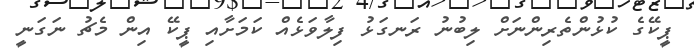
ޕީކޭގެ ކުޅުންތެރިންނަށް ލިބުނު ރަނގަޅު ފިލާވަޅެއް ކަމަށާއި ޕީކޭ އިން މެޗު ނަގަނީ